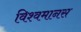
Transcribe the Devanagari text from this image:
विश्वमानस